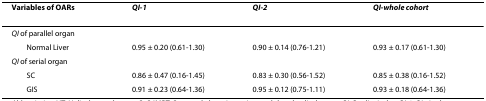
| Variables of OARs | QI-1 | QI-2 | QI-whole cohort |
 | --- | --- | --- | --- |
 | QI of parallel organ |  |  |  |
 | Normal Liver | 0.95 ± 0.20 (0.61-1.30) | 0.90 ± 0.14 (0.76-1.21) | 0.93 ± 0.17 (0.61-1.30) |
 | QI of serial organ |  |  |  |
 | SC | 0.86 ± 0.47 (0.16-1.45) | 0.83 ± 0.30 (0.56-1.52) | 0.85 ± 0.38 (0.16-1.52) |
 | GIS | 0.91 ± 0.23 (0.64-1.36) | 0.95 ± 0.12 (0.75-1.11) | 0.93 ± 0.18 (0.64-1.36) |